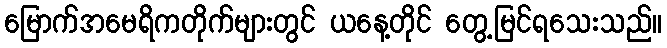
မြောက်အမေရိကတိုက်များတွင် ယနေ့တိုင် တွေ့မြင်ရသေးသည်။